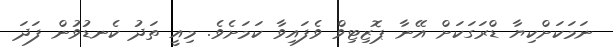
ނަމަކަށްކިޔާ ޑްރަގަކަށް އޭނާ ޕޮޒިޓިވް ވެފައިވާ ކަމަށެވެ. މިއީ ތަދު ކެނޑުވުން ފަދަ